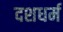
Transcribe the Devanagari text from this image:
दशधर्म